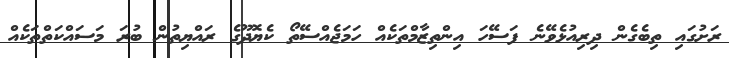
ރަށުގައި ތިބެގެން ދިރިއުޅެވޭނެ ފަސޭހަ އިންތިޒާމްތަކެއް ހަމަޖެއްސޭތޯ ކެޔޮދޫގެ ރައްޔިތުން ބުރަ މަސައްކަތްތަކެއް